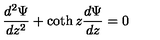
\frac { d ^ { 2 } \Psi } { d z ^ { 2 } } + \coth z \frac { d \Psi } { d z } = 0